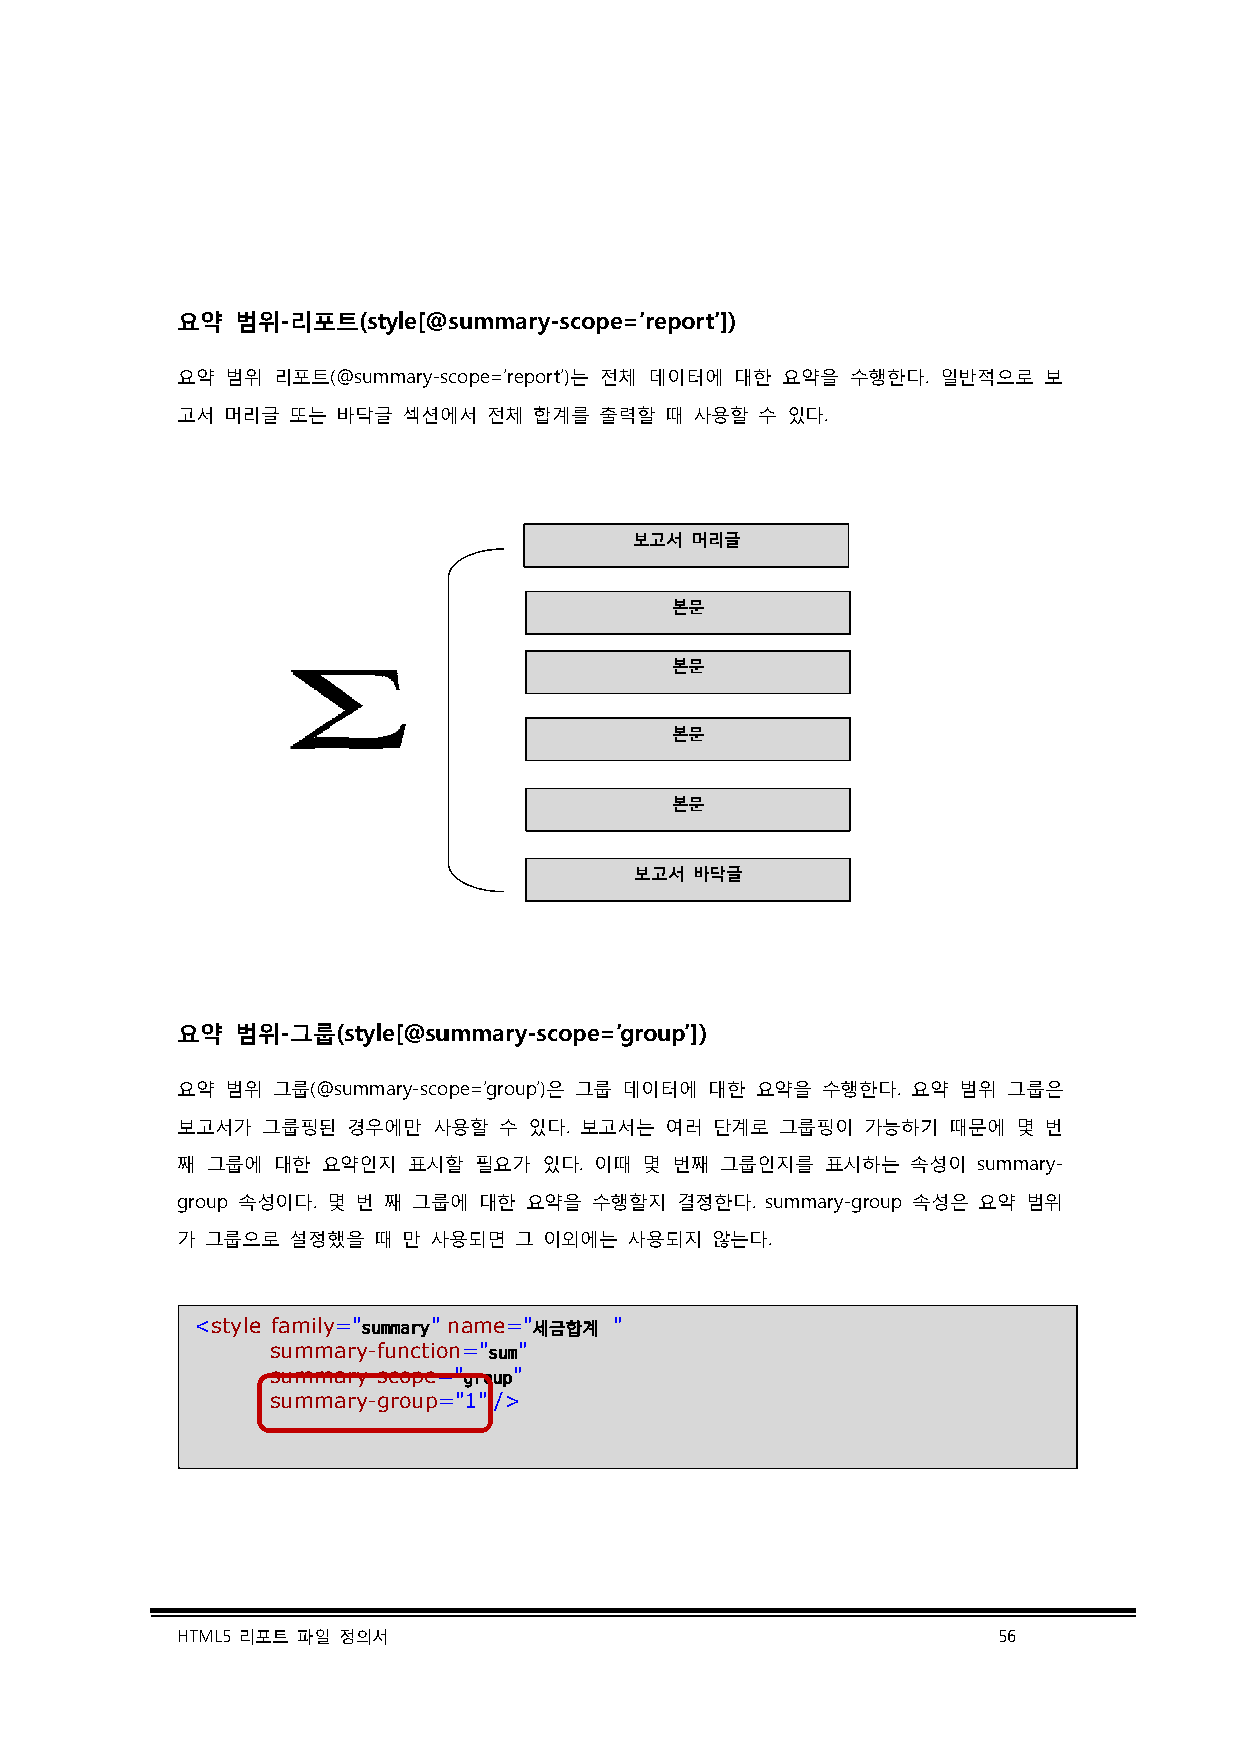
요약  범위-리포트(ssttyyllee[[@@ssuummmmaarryy-scope=’report’])
 요약 범위 리포트(@summary-ssccooppee=’report’)는 전체 데이터에 대한 요약을 수수행행한한다다. 일반적으로 보
 고서 머리글 또는 바닥글  섹섹션션에에서 전체 합계를 출력할 때 사용할 수 있다.
 보고서 머리글
 본문
 본문
 본문
 본문
 보고서 바닥글
 요약  범위-그룹((ssttyyllee[[@@ssuummmmaarryy-scope=’group’])
 요약 범위 그룹(@summary-ssccooppee=’group’)은 그룹 데이터에 대한 요약을 수수행행한한다다. 요약 범위 그룹은
 보고서가 그룹핑된  경우에만  사사용용할할 수 있다. 보고서는 여러 단계로 그룹핑이 가가능능하하기기 때문에 몇 번
 째 그룹에 대한 요약인지  표표시시할할 필요가 있다. 이때 몇 번째 그룹인지를 표표시시하하는는 속성이 summary-
 group 속성이다. 몇 번 째 그그룹룹에에 대한 요약을 수행할지 결정한다. summary-ggrroouupp 속성은 요약 범위
 가 그룹으로 설정했을  때 만 사사용용되되면면 그 이외에는 사용되지 않는다.
 <style family="summary" nnaammee="세금합계 "
 summary-ffuunnccttiioonn="sum"
 summary-scope==""group"
 summary-group==""1" />
 HTML5 리포트 파일 정의서                                      56